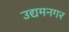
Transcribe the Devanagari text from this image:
उद्यमनगर